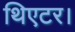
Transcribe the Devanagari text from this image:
थिएटर।